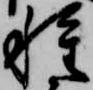
種